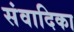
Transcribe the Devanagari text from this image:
संवादिका